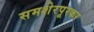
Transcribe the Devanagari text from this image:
समशेरपूरकर